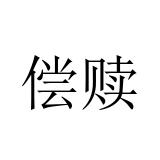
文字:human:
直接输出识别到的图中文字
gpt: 偿赎